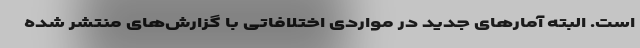
است. البته آمارهای جدید در مواردی اختلافاتی با گزارش‌های منتشر شده